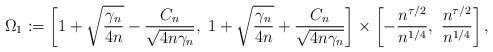
LaTeX: \begin{align*}\Omega_1:=\left[1+\sqrt{\frac{\gamma_n}{4n}}-\frac{C_n}{\sqrt{4 n \gamma_n}},~1+\sqrt{\frac{\gamma_n}{4n}}+\frac{C_n}{\sqrt{4 n \gamma_n}}\right]\times \left[-\frac{n^{\tau/2}}{n^{1/4}},~\frac{n^{\tau/2}}{n^{1/4}}\right],\end{align*}